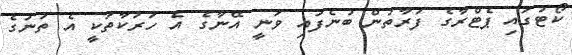
ކޯޓުގައި ޕެޓްރާގެ ފަރާތުން ބުނެފައި ވަނީ އޭނާގެ އެ ހަރަކާތަކީ އެ ތަނުގެ